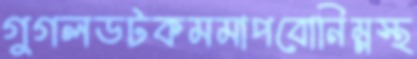
গুগলডটকমমাপবোনিম্নস্থ